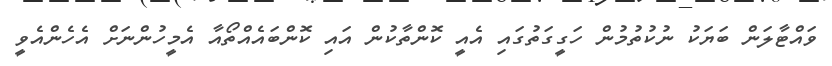
ވައްޓާލަން ބަޔަކު ނުކުތުމުން ހަގީގަތުގައި އެއީ ކޮންތާކުން އައި ކޮންބައެއްތޯއާ އެމީހުންނަށް އެހެންއެވީ